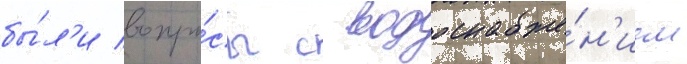
бы́л'и вопро́сы с водоснабже́н'ием